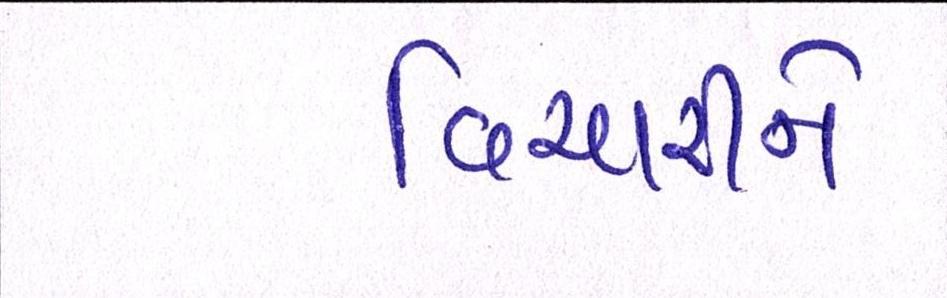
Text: વિચારીને